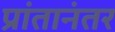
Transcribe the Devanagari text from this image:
प्रांतानंतर